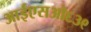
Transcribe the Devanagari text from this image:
आईएसओ६३९